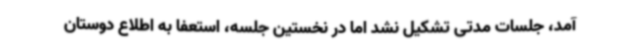
آمد، جلسات مدتی تشکیل نشد اما در نخستین جلسه، استعفا به اطلاع دوستان